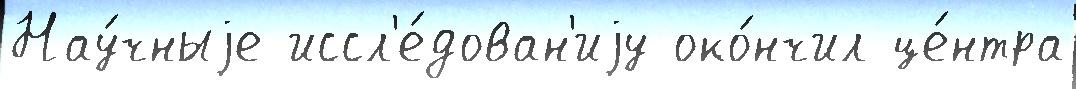
Нау́чныjе иссл'е́дован'иjу око́нчил це́нтра